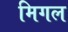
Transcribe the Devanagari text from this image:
मिगल